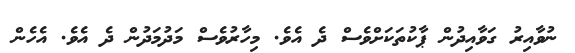
ނުވާއިރު ގަވާއިދުން ޕާކުތަކަށްވެސް ދެ އެވެ. މިހާރުވެސް މަދުމަދުން ދެ އެވެ. އެހެން